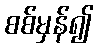
စစ်မှန်၍